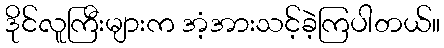
ဒိုင်လူကြီးများက အံ့အားသင့်ခဲ့ကြပါတယ်။